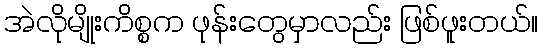
အဲလိုမျိုးကိစ္စက ဖုန်းတွေမှာလည်း ဖြစ်ဖူးတယ်။